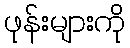
ဖုန်းများကို